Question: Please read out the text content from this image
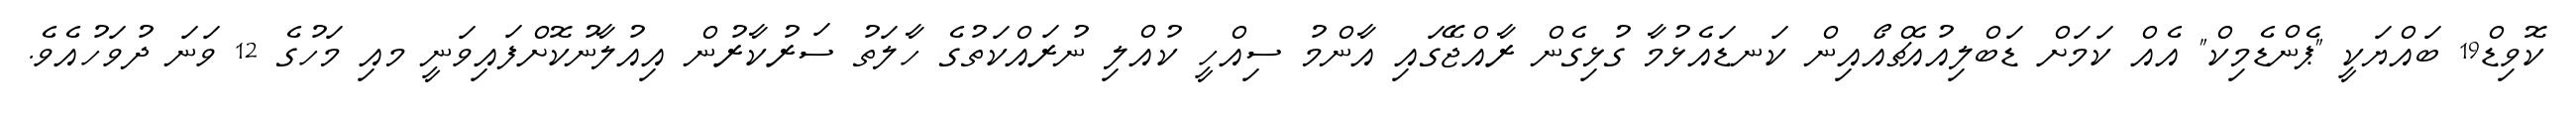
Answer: ކޮވިޑް19 ބައްޔަކީ "ޕެންޑެމިކް" އެއް ކަމަށް ޑަބްލިއުއެޗްއޯއިން ކަނޑައެޅުމާ ގުޅިގެން ރާއްޖޭގައި އާންމު ސިއްހީ ކުއްލި ނުރައްކަތުގެ ހާލަތު ސަރުކާރުން އިއުލާނުކޮށްފައިވަނީ މއި މަހުގެ 12 ވަނަ ދުވަހުއެވެ.